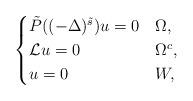
LaTeX: \begin{align*}\begin{cases} \tilde{P}( (-\Delta)^{\tilde{s}})u = 0 & \Omega,\\ \mathcal{L}u=0 &\Omega^c,\\ u=0 & W,\end{cases} \end{align*}